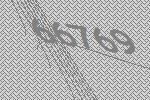
66769